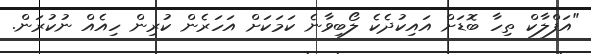
"އަފްލާކް ތިހާ ބޮޑަށް އައިކުދެކެ ލޯބިވާނެ ކަމަކަށް އަހަރެން ކުރިން ހިއެއް ނުކުރަން.